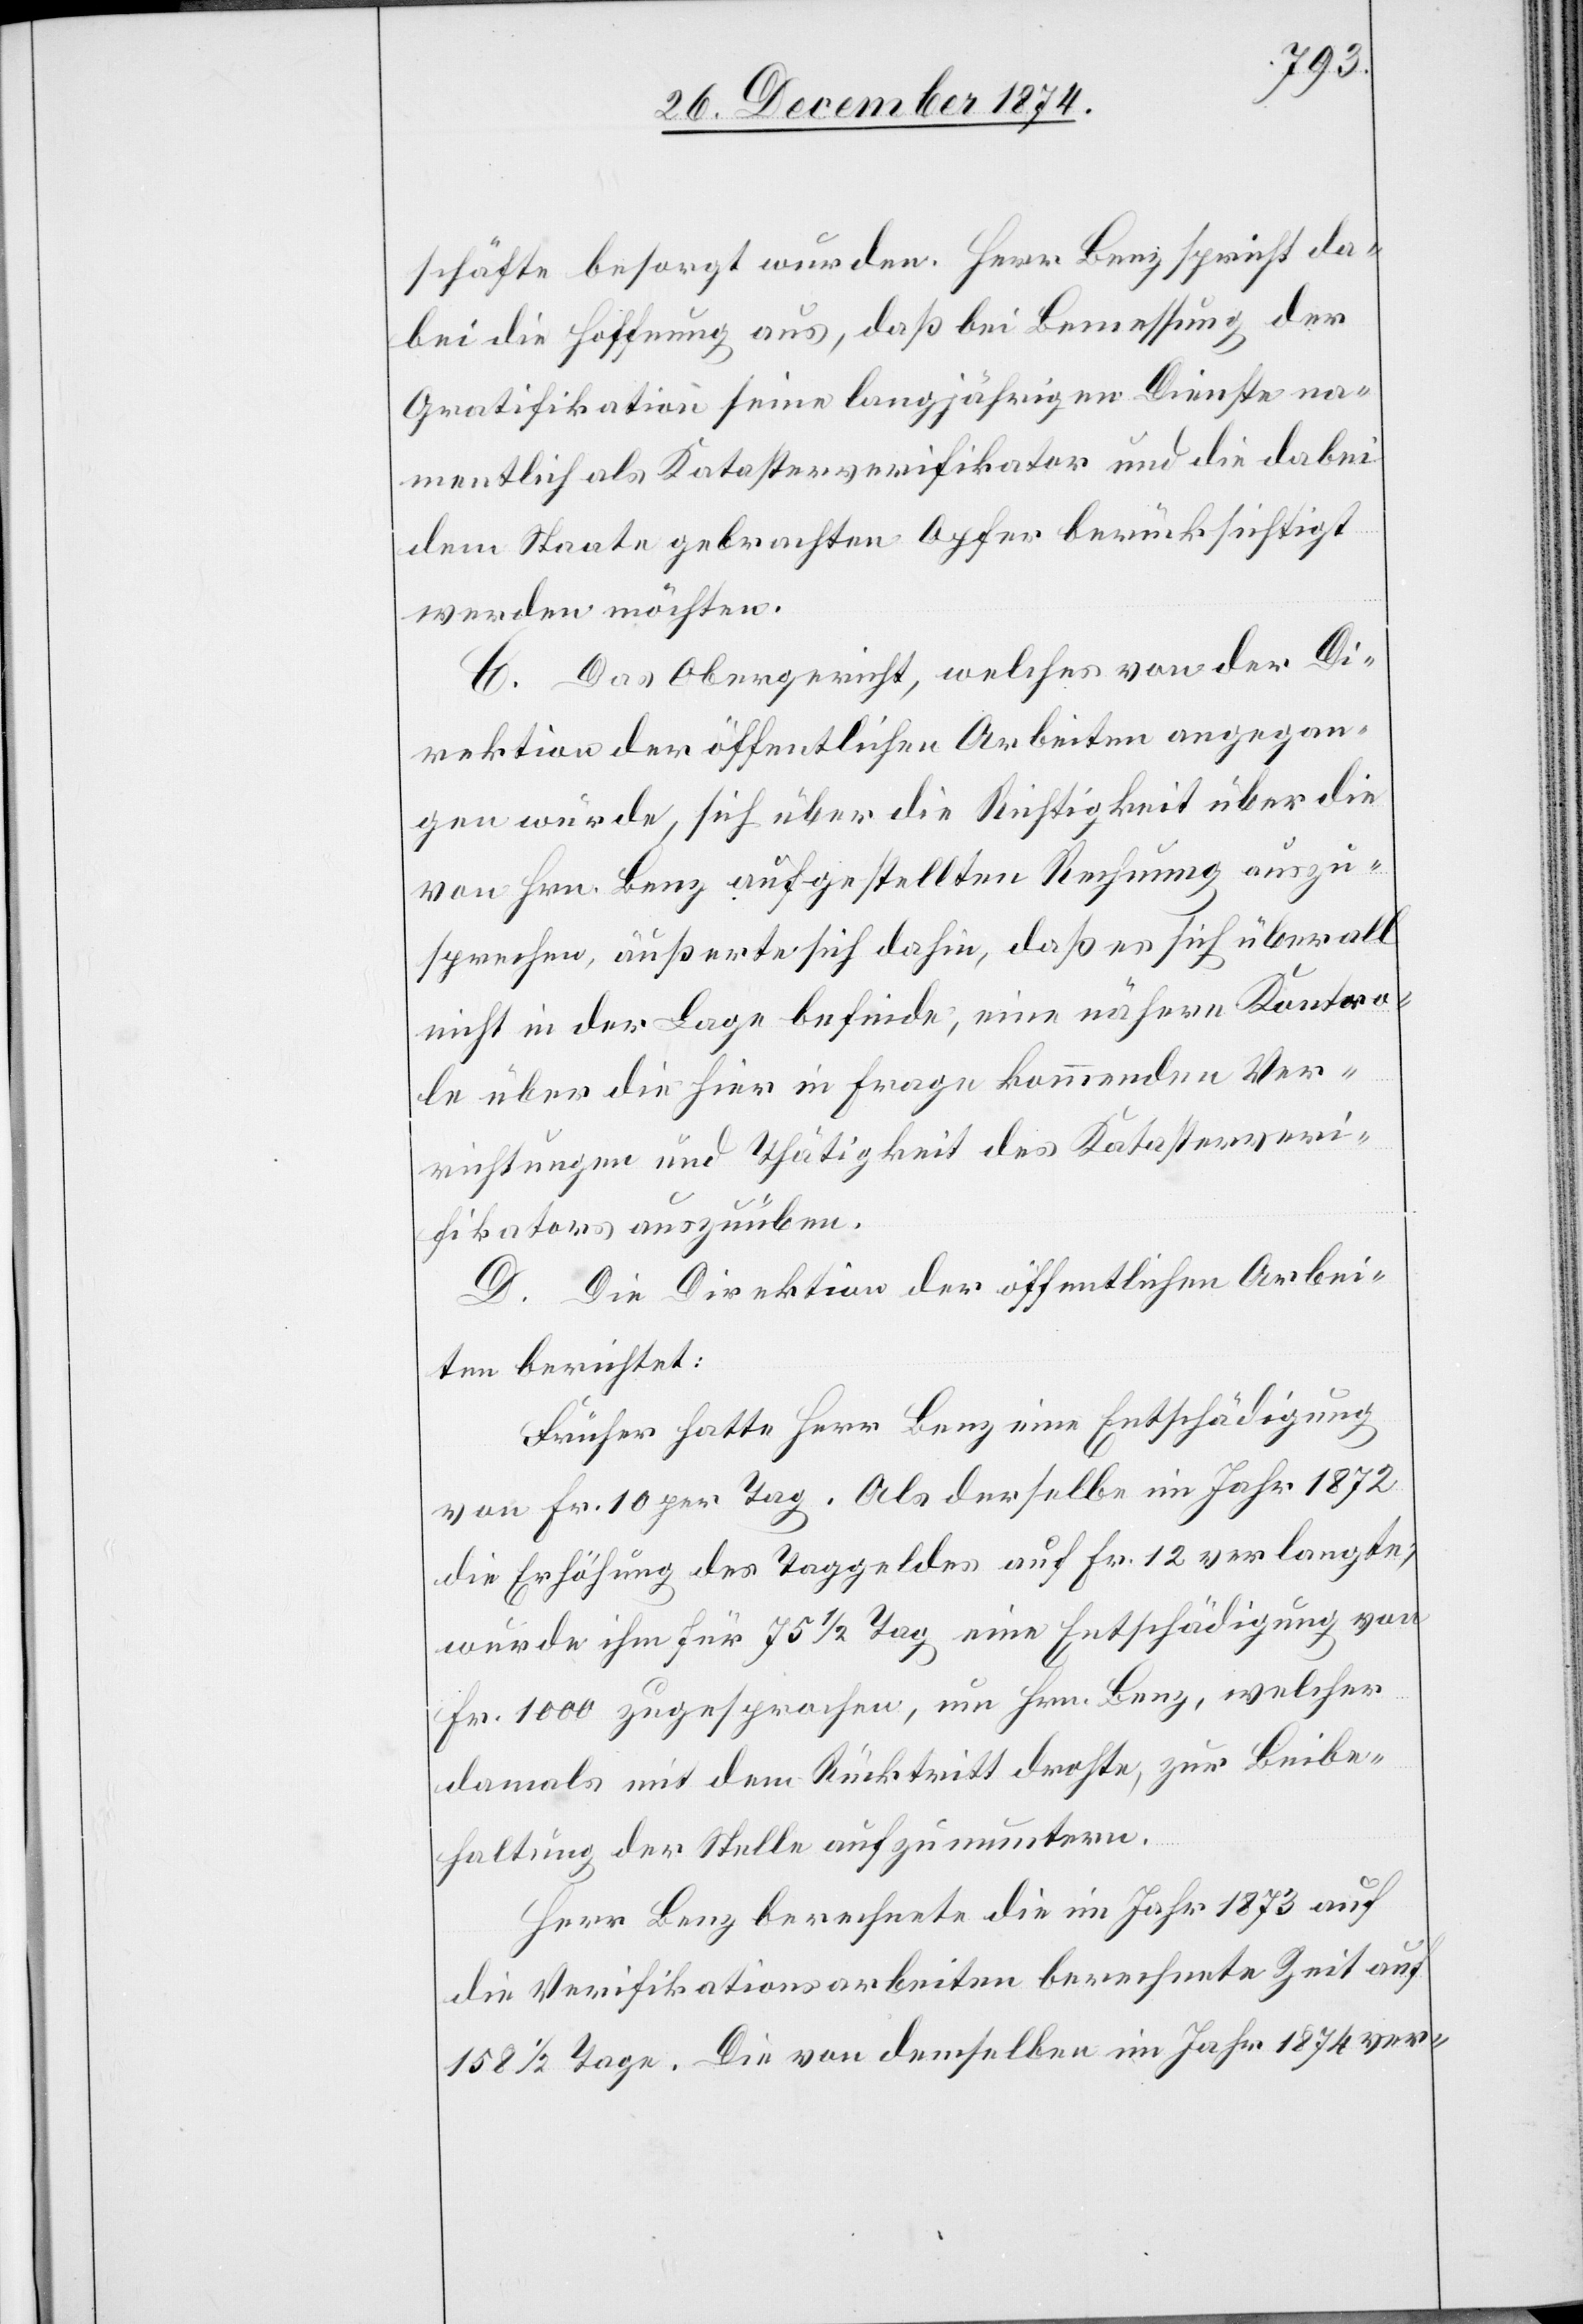
schäfte besorgt wurden. Herr Benz spricht da¬
bei die Hoffnung aus, daß bei Bemessung der
Gratifikation seine langjährigen Dienste na¬
mentlich als Katasterverifikator und die dabei
dem Staate gebrachten Opfer berücksichtigt
werden möchten.
C. Das Obergericht, welches von der Di¬
rektion der öffentlichen Arbeiten angegan¬
gen wurde, sich über die Richtigkeit über die
von Hrn. Benz aufgestellte Rechnung auszu¬
sprechen, äußert sich dahin, daß es sich überall
nicht in der Lage befinde, eine nähere Kontro¬
le über die hier in Frage kommenden Ver¬
richtungen und Thätigkeit des Katasterveri¬
fikators auszuüben.
D. Die Direktion der öffentlichen Arbei¬
ten berichtet:
Früher hatte Herr Benz eine Entschädigung
von Fr. 10 per Tag. Als derselbe im Jahr 1872
die Erhöhung des Taggeldes auf Fr. 12 verlangte,
wurde ihm für 75 1/2 Tag[e] eine Entschädigung von
Fr. 1000 zugesprochen, um Hrn. Benz, welcher
damals mit dem Rücktritt drohte, zur Beibe¬
haltung der Stelle aufzumuntern.
Herr Benz berechnet die im Jahr 1873 auf
die Verifikationsarbeiten berechnete Zeit auf
158 1/2 Tage. Die von demselben im Jahr 1874 ver-